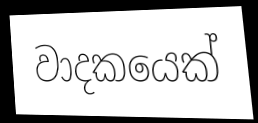
වාදකයෙක්